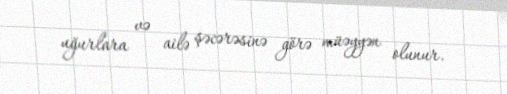
uğurlara və ailə şəcərəsinə görə müəyyən olunur.